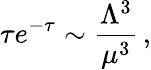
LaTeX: \tau e^{-\tau}\sim\frac{\Lambda^{3}}{\mu^{3}}\, ,